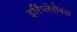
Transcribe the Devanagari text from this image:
इर्रिप्लेसेबल